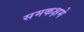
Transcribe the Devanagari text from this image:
समकक्षमे